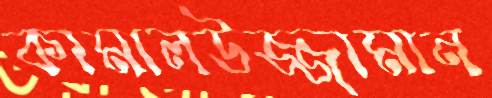
কামালউজ্জামান